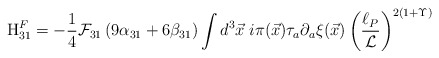
\begin{align*}{\rm H}_{31}^{F}=-\frac{1}{4}{\cal F}_{31}\left( 9\alpha _{31}+6\beta_{31}\right) \int d^{3}{\vec{x}}\;i\pi ({\vec{x}})\tau _{a}\partial _{a}{\xi }(\vec{x})\left( \frac{\ell _{P}}{{\cal L}}\right) ^{2\left( 1+\Upsilon\right) }\end{align*}